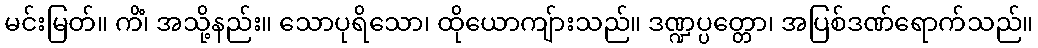
မင်းမြတ်။ ကိံ၊ အသို့နည်း။ သောပုရိသော၊ ထိုယောကျ်ားသည်။ ဒဏ္ဍပ္ပတ္တော၊ အပြစ်ဒဏ်ရောက်သည်။